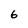
Character: 6